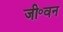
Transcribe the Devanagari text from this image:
जी॰वन